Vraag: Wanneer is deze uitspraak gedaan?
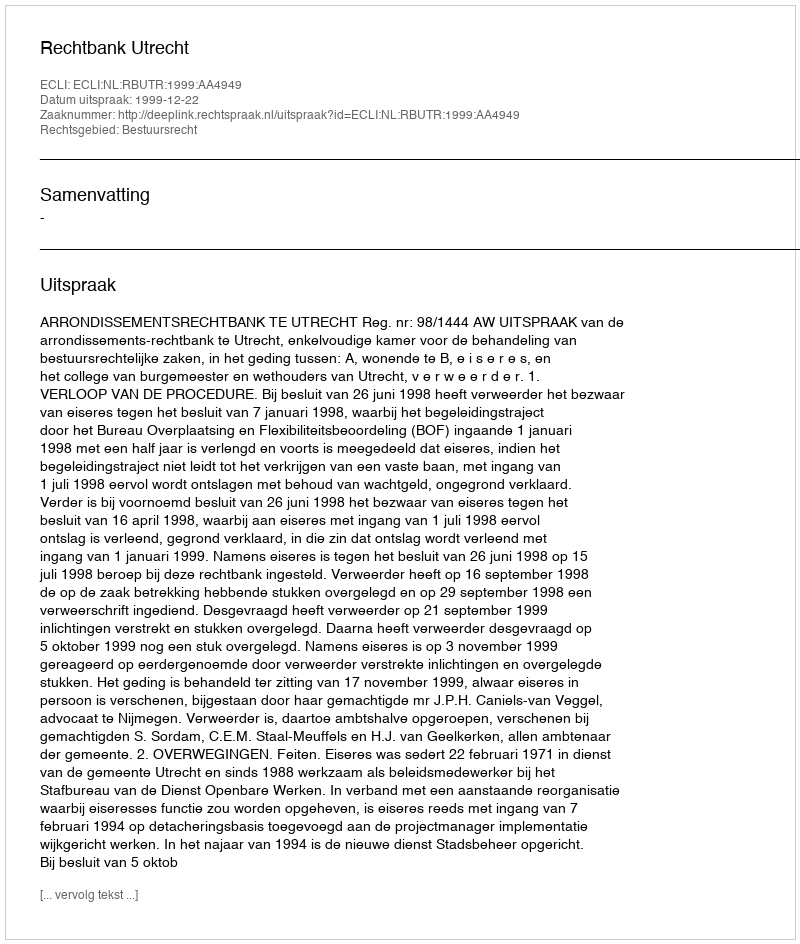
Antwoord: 1999-12-22